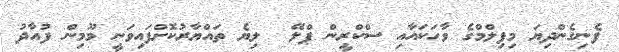
ފެނިގެންދިޔަ މިފިލްމްގެ ވާހަކައާއި ސްކްރީން ޕްލޭ  ލިޔެ ތައްޔާރުކޮށްފައިވަނީ މޫމިން ފުއާދު